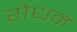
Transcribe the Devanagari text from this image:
रोधम